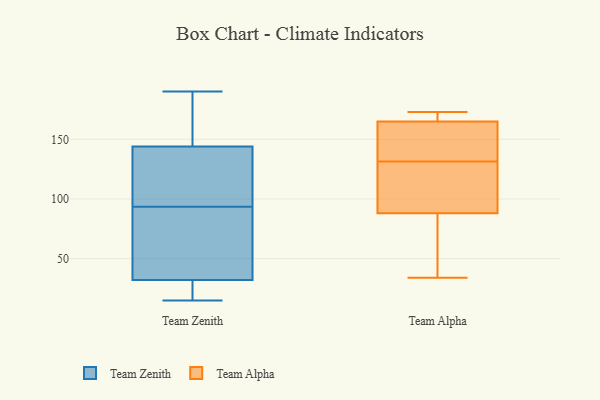
{"axis": {"x": "Waste Production (Tons)", "y": "Value"}, "legend": ["Team Alpha", "Team Zenith"], "data": [{"x": "", "y": 137, "type": "Team Zenith"}, {"x": "", "y": 15, "type": "Team Zenith"}, {"x": "", "y": 66, "type": "Team Zenith"}, {"x": "", "y": 21, "type": "Team Zenith"}, {"x": "", "y": 16, "type": "Team Zenith"}, {"x": "", "y": 104, "type": "Team Zenith"}, {"x": "", "y": 133, "type": "Team Zenith"}, {"x": "", "y": 33, "type": "Team Zenith"}, {"x": "", "y": 104, "type": "Team Zenith"}, {"x": "", "y": 169, "type": "Team Zenith"}, {"x": "", "y": 83, "type": "Team Zenith"}, {"x": "", "y": 151, "type": "Team Zenith"}, {"x": "", "y": 22, "type": "Team Zenith"}, {"x": "", "y": 185, "type": "Team Zenith"}, {"x": "", "y": 104, "type": "Team Zenith"}, {"x": "", "y": 52, "type": "Team Zenith"}, {"x": "", "y": 57, "type": "Team Zenith"}, {"x": "", "y": 31, "type": "Team Zenith"}, {"x": "", "y": 185, "type": "Team Zenith"}, {"x": "", "y": 190, "type": "Team Zenith"}, {"x": "", "y": 171, "type": "Team Alpha"}, {"x": "", "y": 88, "type": "Team Alpha"}, {"x": "", "y": 155, "type": "Team Alpha"}, {"x": "", "y": 77, "type": "Team Alpha"}, {"x": "", "y": 34, "type": "Team Alpha"}, {"x": "", "y": 117, "type": "Team Alpha"}, {"x": "", "y": 46, "type": "Team Alpha"}, {"x": "", "y": 173, "type": "Team Alpha"}, {"x": "", "y": 165, "type": "Team Alpha"}, {"x": "", "y": 171, "type": "Team Alpha"}, {"x": "", "y": 165, "type": "Team Alpha"}, {"x": "", "y": 96, "type": "Team Alpha"}, {"x": "", "y": 135, "type": "Team Alpha"}, {"x": "", "y": 128, "type": "Team Alpha"}]}